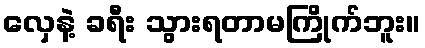
လှေနဲ့ ခရီး သွားရတာမကြိုက်ဘူး။